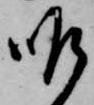
昨